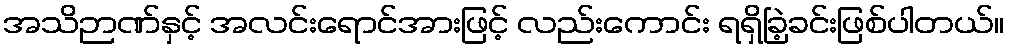
အသိဉာဏ်နှင့် အလင်းရောင်အားဖြင့် လည်းကောင်း ရရှိခြဲ့ခင်းဖြစ်ပါတယ်။